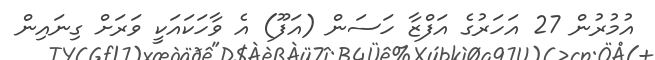
އުމުރުން 27 އަހަރުގެ އަފްޒާ ހަސަން (އަފޫ) އެ ވާހަކައަކީ ވަރަށް ގިނައިން